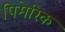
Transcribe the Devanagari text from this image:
पिमेरिक